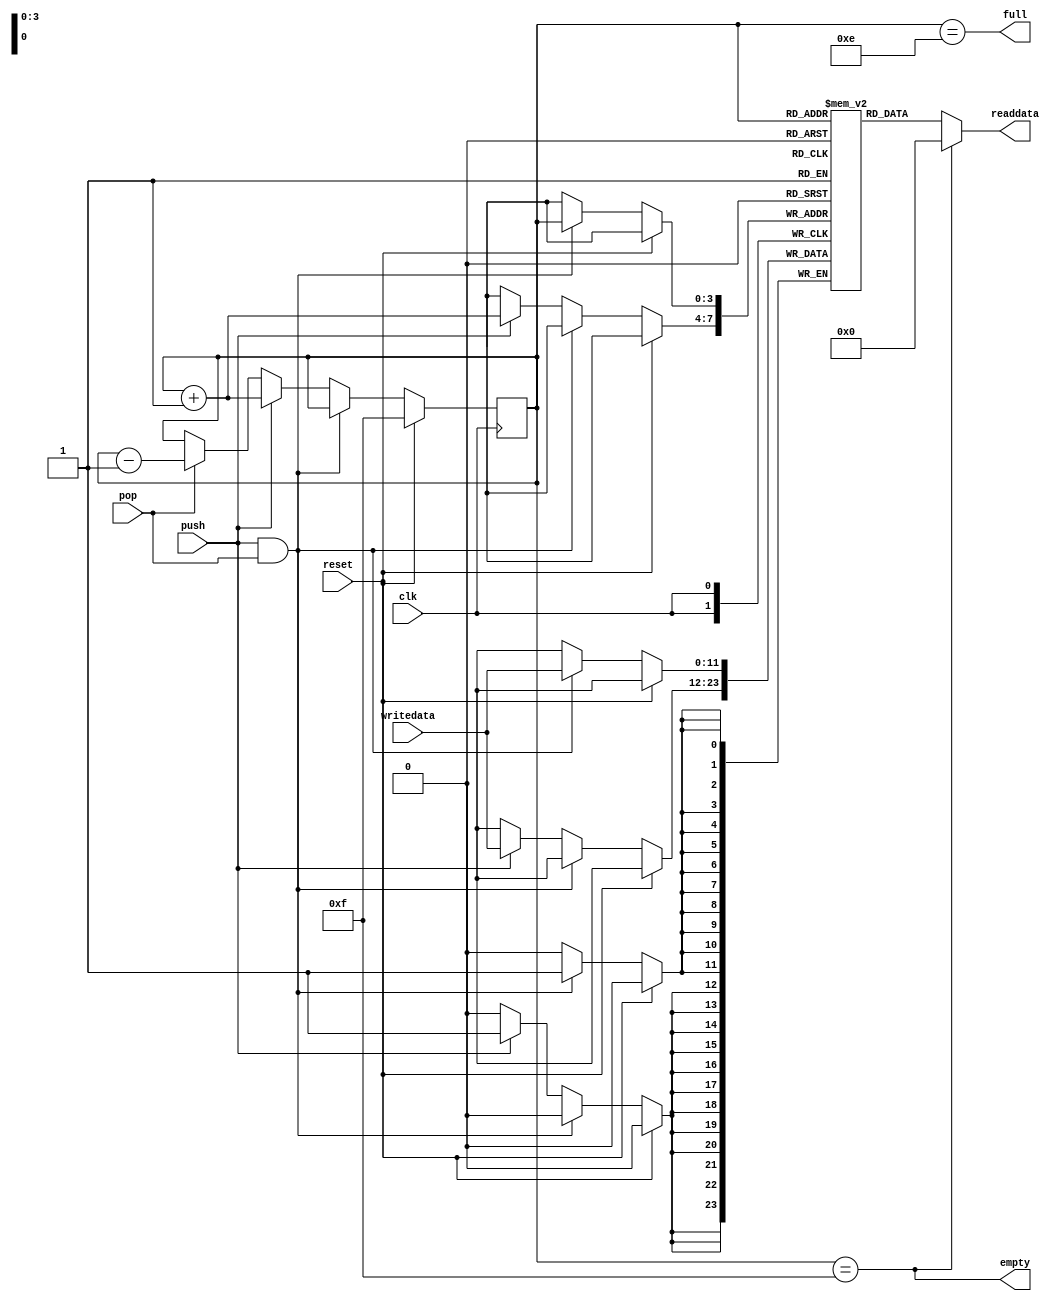
module stack (
    input clk,
    input reset,
    input push,
    input pop,
    input [11:0] writedata,

    output [11:0] readdata,
    output empty,
    output full
);

reg [11:0] stack_mem [0:14];
reg [3:0] tos = 4'hf;

assign empty = (tos == 4'hf);
assign full = (tos == 4'he);

assign readdata = (empty) ? 12'd0 : stack_mem[tos];

always @(posedge clk) begin
    if (reset)
        tos <= 4'hf;
    else if (push && pop)
        stack_mem[tos] <= writedata;
    else if (push) begin
        stack_mem[tos + 1'b1] <= writedata;
        tos <= tos + 1'b1;
    end else if (pop) begin
        tos <= tos - 1'b1;
    end
end

endmodule